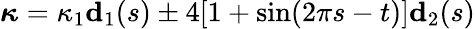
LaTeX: \boldsymbol\kappa=\kappa_{1}\mathbf{d}_{1}(s)\pm 4[1+\sin(2\pi s-t)]\mathbf{d}_{2}(s)